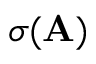
\sigma ( \mathbf { A } )